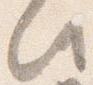
此